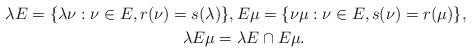
\begin{gather*}\lambda E=\{\lambda\nu : \nu\in E, r(\nu)=s(\lambda)\},E\mu=\{\nu\mu : \nu\in E, s(\nu)=r(\mu)\},\quad\\\lambda E\mu=\lambda E\cap E\mu.\end{gather*}